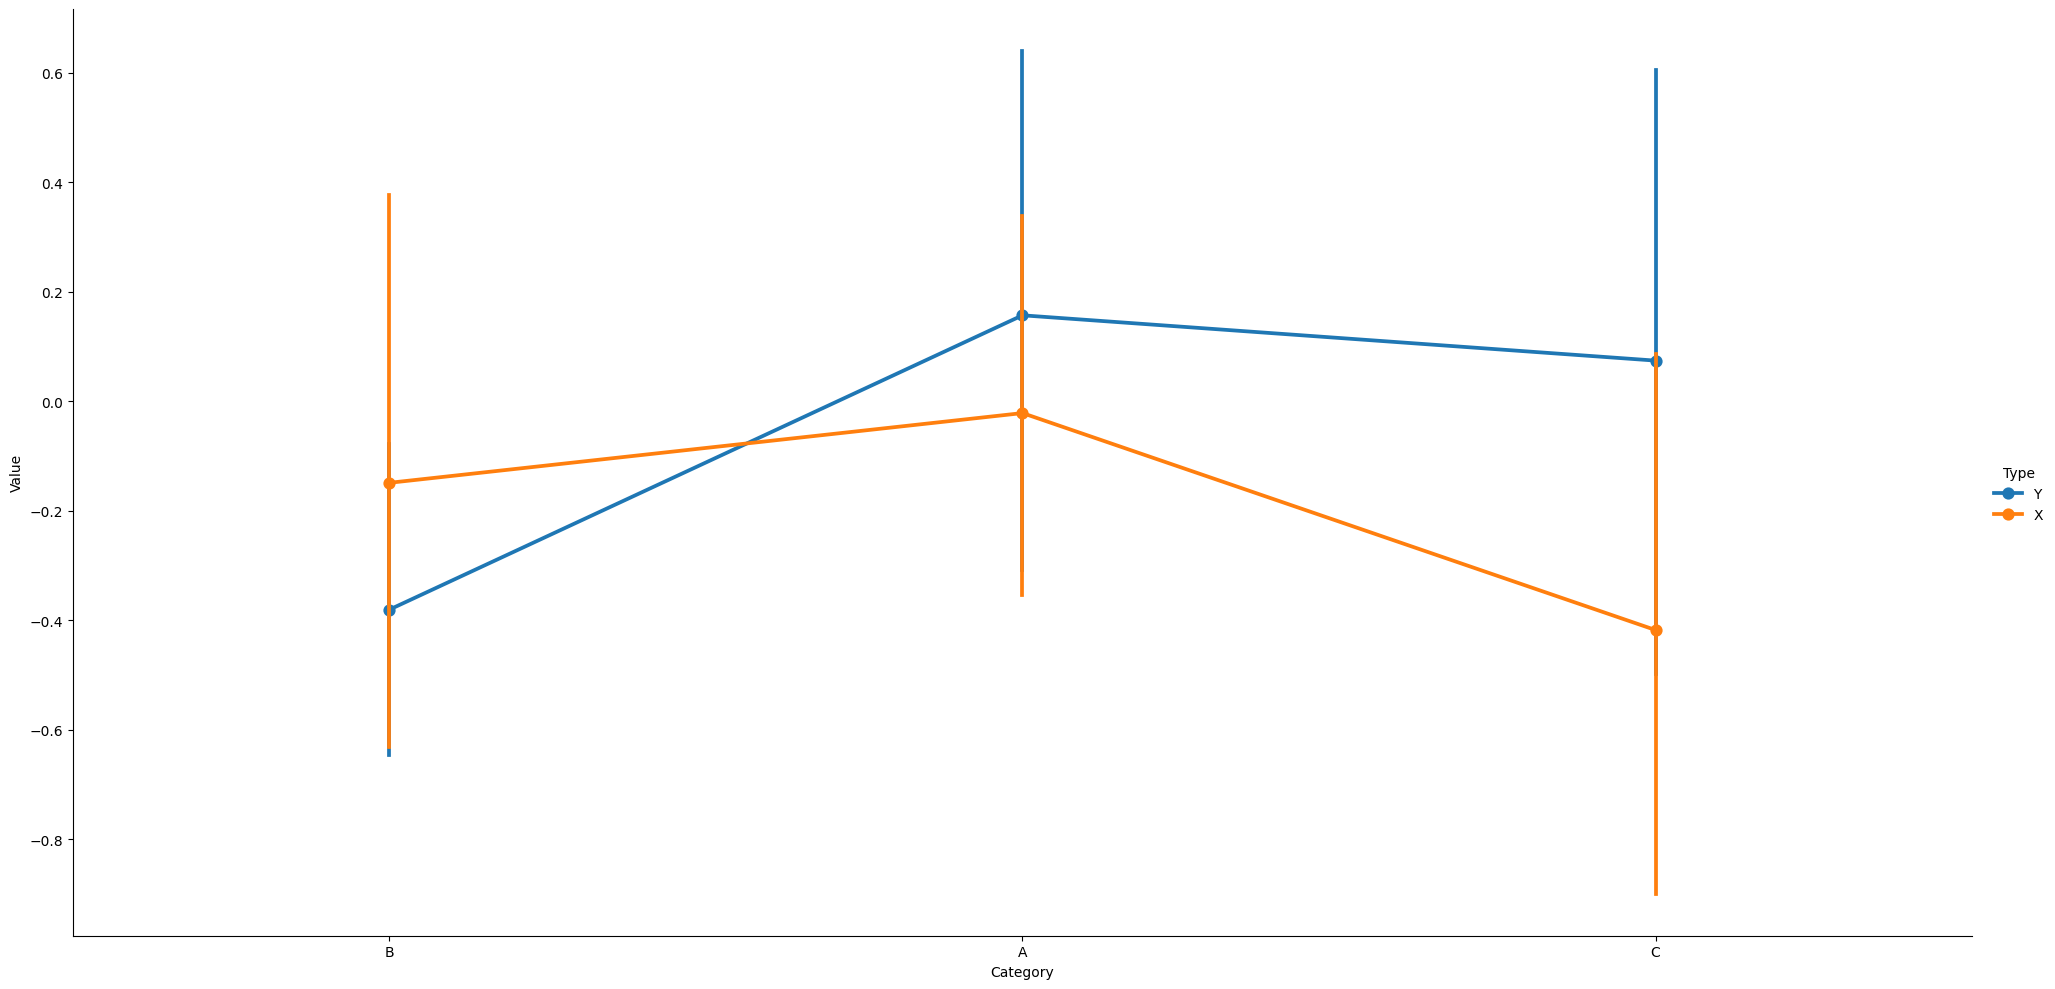
python, seaborn, catplot, kind='point', height=10, aspect=2